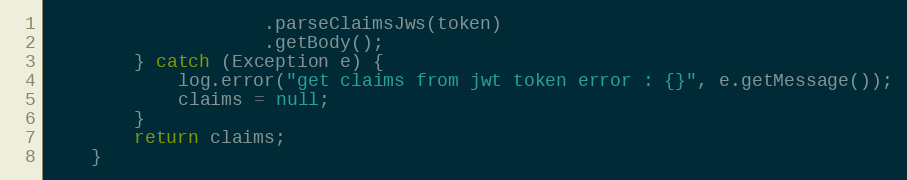
Language: Java
                    .parseClaimsJws(token)
                    .getBody();
        } catch (Exception e) {
            log.error("get claims from jwt token error : {}", e.getMessage());
            claims = null;
        }
        return claims;
    }